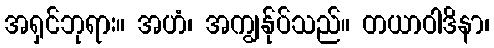
အရှင်ဘုရား။ အဟံ၊ အကျွန်ုပ်သည်။ တယာဝါဒိနာ၊